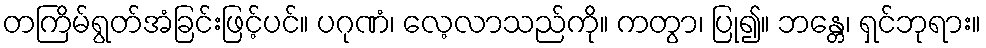
တကြိမ်ရွတ်အံခြင်းဖြင့်ပင်။ ပဂုဏံ၊ လေ့လာသည်ကို။ ကတွာ၊ ပြု၍။ ဘန္တေ၊ ရှင်ဘုရား။